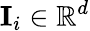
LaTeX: \mathbf{I}_{i}\in\mathbb{R}^{d}